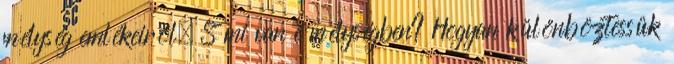
mélység emlékeiről. S mi van e mélységben? Hogyan különböztessük